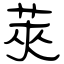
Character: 莢